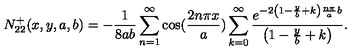
N _ { 2 2 } ^ { + } ( x , y , a , b ) = - \frac { 1 } { 8 a b } \sum _ { n = 1 } ^ { \infty } \cos ( \frac { 2 n \pi x } { a } ) \sum _ { k = 0 } ^ { \infty } \frac { e ^ { - 2 \left( 1 - \frac { y } { b } + k \right) \frac { n \pi } { a } b } } { \left( 1 - \frac { y } { b } + k \right) } .